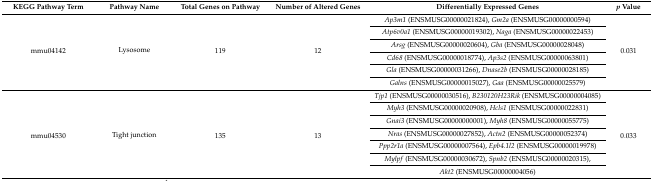
<table><thead><tr><td><b>KEGG Pathway Term</b></td><td><b>Pathway Name</b></td><td><b>Total Genes on Pathway</b></td><td><b>Number of Altered Genes </b></td><td><b>Differentially Expressed Genes </b></td><td><b><i>p</i> Value</b></td></tr></thead><tbody><tr><td rowspan="6">mmu04142</td><td rowspan="6">Lysosome</td><td rowspan="6">119</td><td rowspan="6">12</td><td><i>Ap3m1</i> (ENSMUSG00000021824), <i>Gm2a</i> (ENSMUSG00000000594)</td><td rowspan="6">0.031</td></tr><tr><td><i>Atp6v0a1</i> (ENSMUSG00000019302), <i>Naga</i> (ENSMUSG00000022453)</td></tr><tr><td><i>Arsg</i> (ENSMUSG00000020604), <i>Gba</i> (ENSMUSG00000028048)</td></tr><tr><td><i>Cd68</i> (ENSMUSG00000018774), <i>Ap3s2</i> (ENSMUSG00000063801)</td></tr><tr><td><i>Gla</i> (ENSMUSG00000031266), <i>Dnase2b</i> (ENSMUSG00000028185)</td></tr><tr><td><i>Galns</i> (ENSMUSG00000015027), <i>Gaa</i> (ENSMUSG00000025579)</td></tr><tr><td rowspan="7">mmu04530</td><td rowspan="7">Tight junction</td><td rowspan="7">135</td><td rowspan="7">13</td><td><i>Tjp1</i> (ENSMUSG00000030516), <i>B230120H23Rik</i> (ENSMUSG00000004085)</td><td rowspan="7">0.033</td></tr><tr><td><i>Myh3</i> (ENSMUSG00000020908), <i>Hcls1</i> (ENSMUSG00000022831)</td></tr><tr><td><i>Gnai3</i> (ENSMUSG00000000001), <i>Myh8</i> (ENSMUSG00000055775)</td></tr><tr><td><i>Nras</i> (ENSMUSG00000027852), <i>Actn2</i> (ENSMUSG00000052374)</td></tr><tr><td><i>Ppp2r1a</i> (ENSMUSG00000007564), <i>Epb4.1l2</i> (ENSMUSG00000019978)</td></tr><tr><td><i>Mylpf</i> (ENSMUSG00000030672), <i>Spnb2</i> (ENSMUSG00000020315),</td></tr><tr><td><i>Akt2</i> (ENSMUSG00000004056)</td></tr></tbody></table>